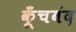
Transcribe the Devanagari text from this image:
कूँचबंद